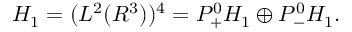
{ \cal { H } } _ { 1 } = ( L ^ { 2 } ( { \cal { R } } ^ { 3 } ) ) ^ { 4 } = P _ { + } ^ { 0 } { \cal { H } } _ { 1 } \oplus P _ { - } ^ { 0 } { \cal { H } } _ { 1 } .